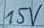
Text: 15V